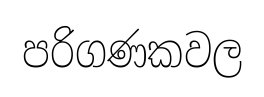
පරිගණකවල